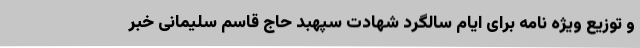
و توزیع ویژه نامه برای ایام سالگرد شهادت سپهبد حاج قاسم سلیمانی خبر